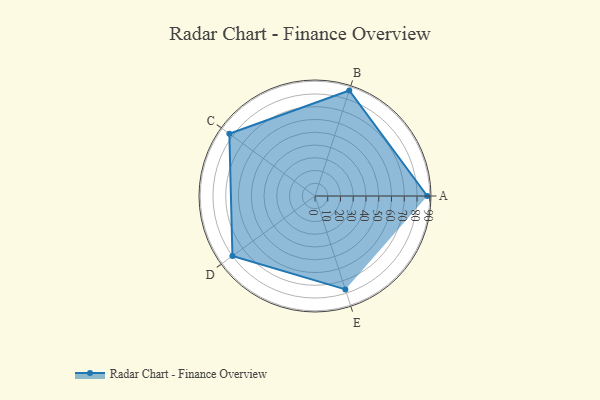
{"axis": {"x": "Skill", "y": "Score"}, "legend": ["Profile"], "data": [{"x": "A", "y": 88.0, "type": "Profile"}, {"x": "B", "y": 87.0, "type": "Profile"}, {"x": "C", "y": 83.0, "type": "Profile"}, {"x": "D", "y": 80.0, "type": "Profile"}, {"x": "E", "y": 77.0, "type": "Profile"}]}